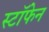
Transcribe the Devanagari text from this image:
स्टॉफेन